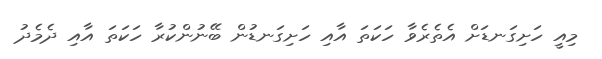
މިއީ ހަށިގަނޑަށް އެތެރެވާ ހަކަތަ އާއި ހަށިގަނޑުން ބޭނުންކުރާ ހަކަތަ އާއި ދެމެދު